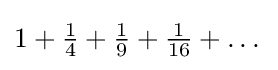
1+{\tfrac {1}{4}}+{\tfrac {1}{9}}+{\tfrac {1}{16}}+\dots